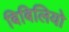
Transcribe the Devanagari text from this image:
बिबिलियो